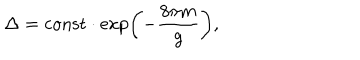
\Delta = \mathrm { c o n s t } \cdot \exp \left( - \frac { 8 \pi m } { g } \right) ,